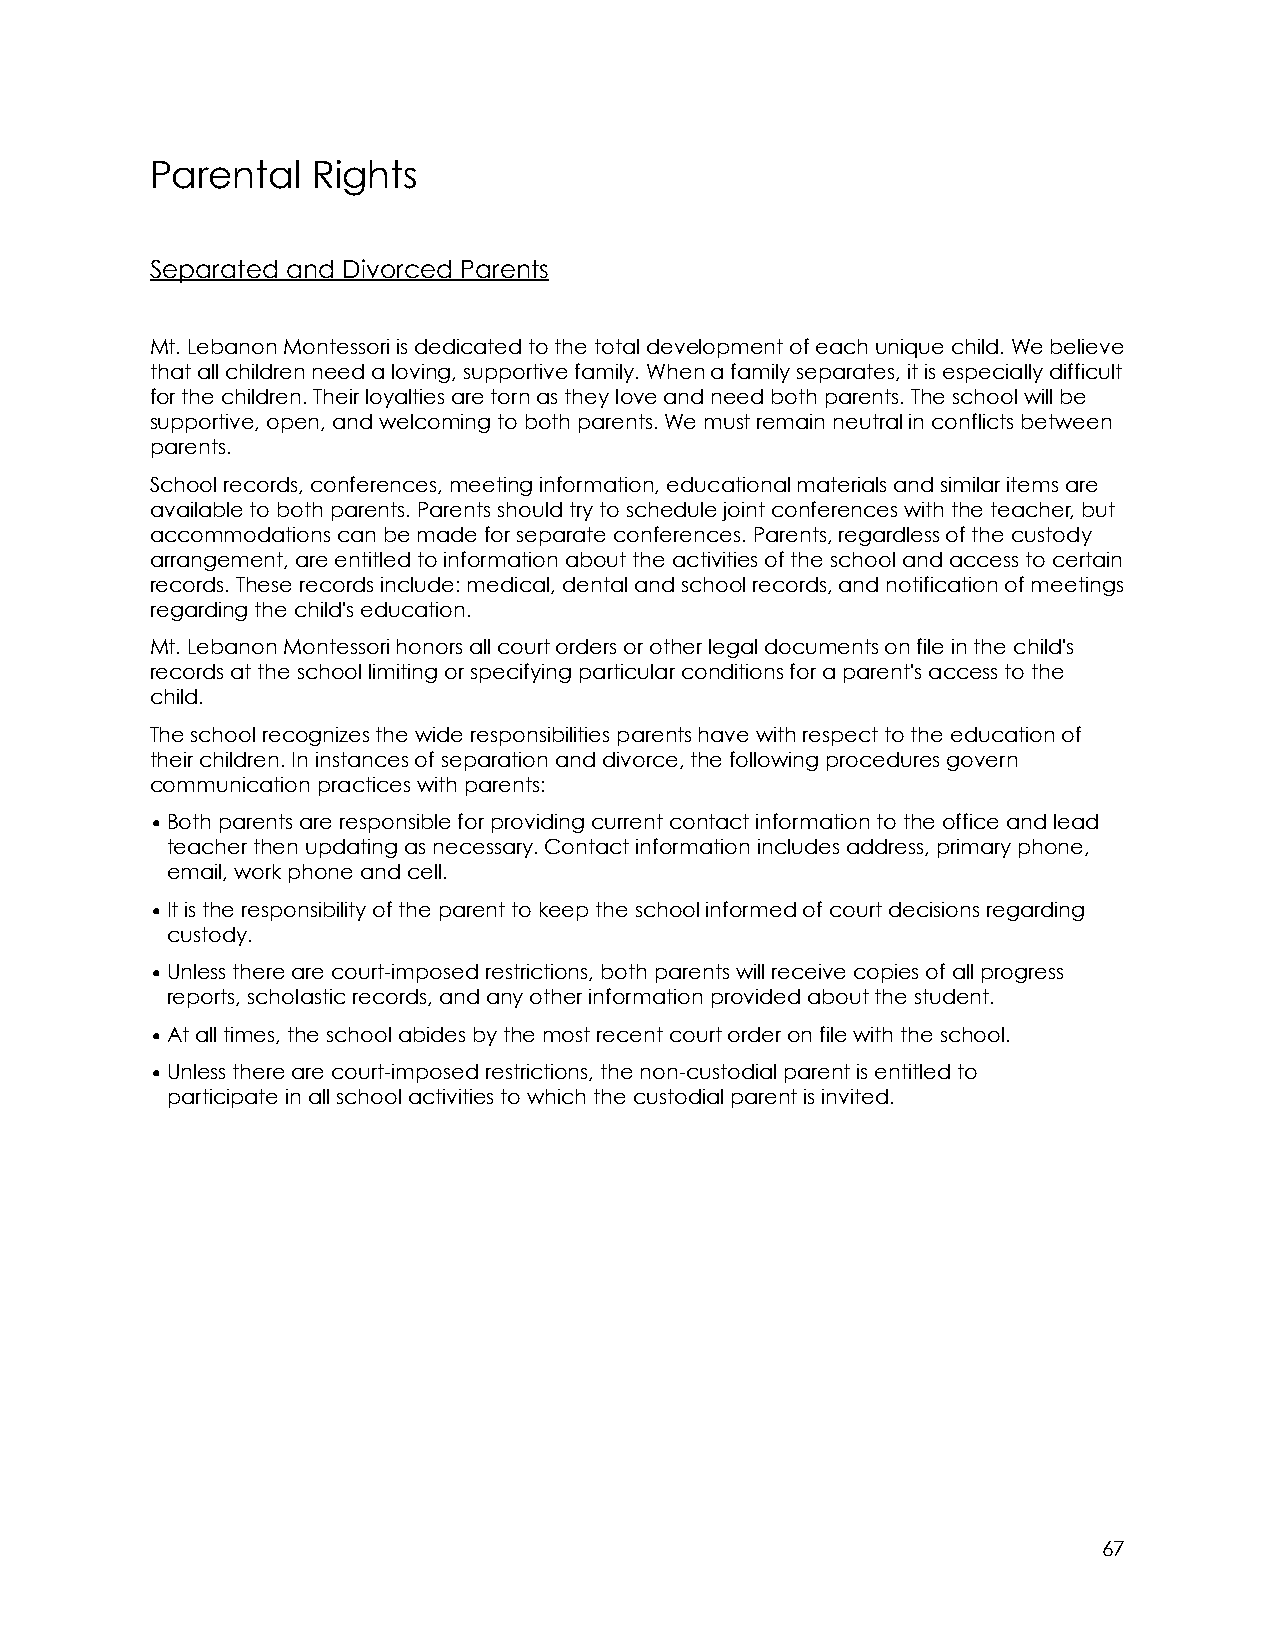
Parental   Rights
 Separated and Divorced Parents
 Mt. Lebanon Montessori is dedicated to the total development of each unique child. We believe
 that all children need a loving, supportive family. When a family separates, it is especially difficult
 for the children. Their loyalties are torn as they love and need both parents. The school will be
 supportive, open, and welcoming to both parents. We must remain neutral in conflicts between
 parents.
 School records, conferences, meeting information, educational materials and similar items are
 available to both parents. Parents should try to schedule joint conferences with the teacher, but
 accommodations can be made for separate conferences. Parents, regardless of the custody
 arrangement, are entitled to information about the activities of the school and access to certain
 records. These records include: medical, dental and school records, and notification of meetings
 regarding the child's education.
 Mt. Lebanon Montessori honors all court orders or other legal documents on file in the child's
 records at the school limiting or specifying particular conditions for a parent's access to the
 child.
 The school recognizes the wide responsibilities parents have with respect to the education of
 their children. In instances of separation and divorce, the following procedures govern
 communication practices with parents:
 •Both parents are responsible for providing current contact information to the office and lead
 teacher then updating as necessary. Contact information includes address, primary phone,
 email, work phone and cell.
 •It is the responsibility of the parent to keep the school informed of court decisions regarding
 custody.
 •Unless there are court-imposed restrictions, both parents will receive copies of all progress
 reports, scholastic records, and any other information provided about the student.
 •At all times, the school abides by the most recent court order on file with the school.
 •Unless there are court-imposed restrictions, the non-custodial parent is entitled to
 participate in all school activities to which the custodial parent is invited.
 67